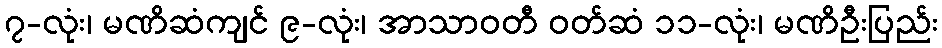
၇-လုံး၊ မဏိဆံကျင် ၉-လုံး၊ အာသာဝတီ ဝတ်ဆံ ၁၁-လုံး၊ မဏိဦးပြည်း